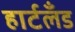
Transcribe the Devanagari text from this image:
हार्टलॅंड